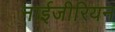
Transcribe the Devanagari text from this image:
नाईजीरियन